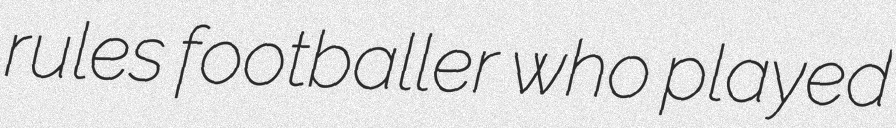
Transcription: rules footballer who played